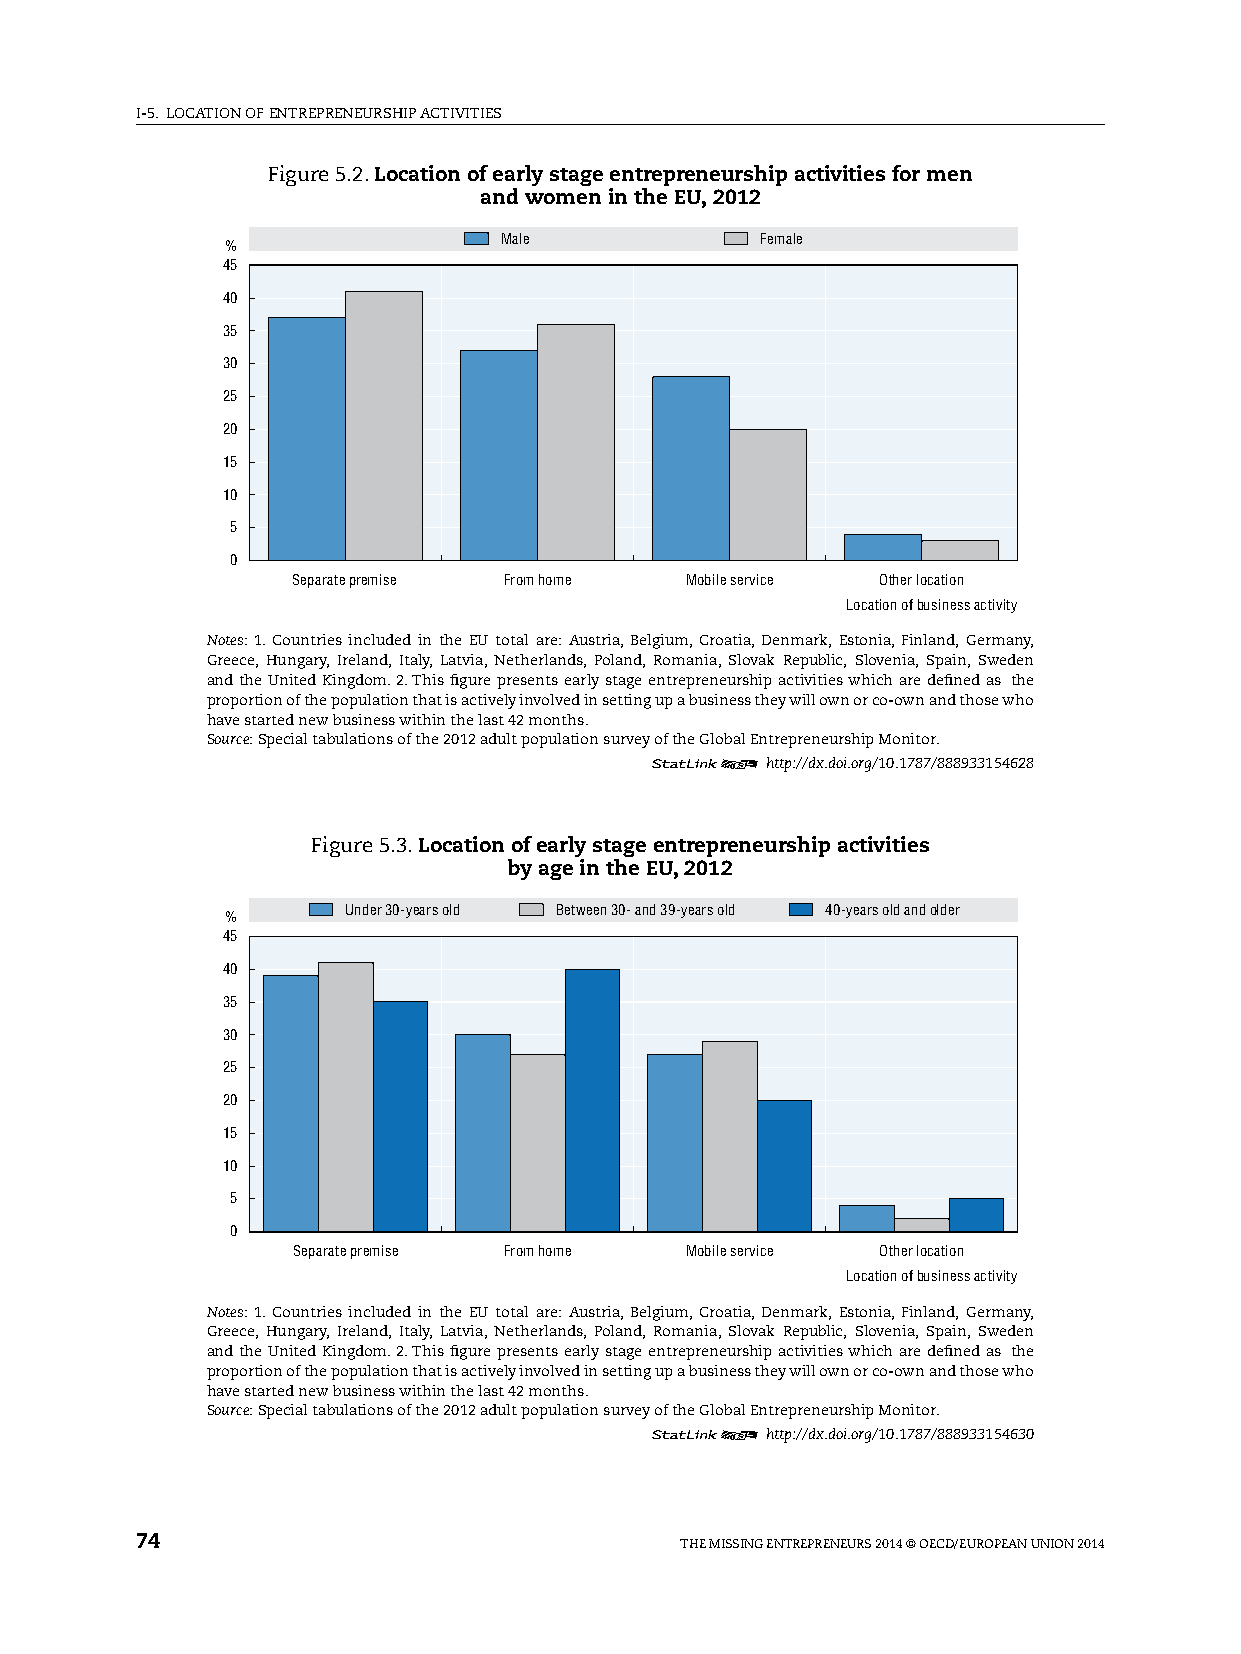
I-5. lOCATION OF ENTREpRENEURshIp ACTIvITIEs
 Figure 5.2. Location of early stage entrepreneurship activities for men
 and women in the EU, 2012
 Male             Female
 %
 45
 40
 35
 30
 25
 20
 15
 10
 5
 0
 Separate premise From home Mobile service Other location
 Location of business activity
 Notes: 1. Countries included in the EU total are: Austria, Belgium, Croatia, Denmark, Estonia, Finland, Germany,
 Greece, hungary, Ireland, Italy, latvia, Netherlands, poland, Romania, slovak Republic, slovenia, spain, sweden
 and the United Kingdom. 2. This figure presents early stage entrepreneurship activities which are defined as the
 proportion of the population that is actively involved in setting up a business they will own or co-own and those who
 have started new business within the last 42 months.
 Source: special tabulations of the 2012 adult population survey of the Global Entrepreneurship Monitor.
 12      http://dx.doi.org/10.1787/888933154628
 Figure 5.3. Location of early stage entrepreneurship activities
 by age in the EU, 2012
 Under 30-years old Between 30- and 39-years old 40-years old and older
 %
 45
 40
 35
 30
 25
 20
 15
 10
 5
 0
 Separate premise From home Mobile service Other location
 Location of business activity
 Notes: 1. Countries included in the EU total are: Austria, Belgium, Croatia, Denmark, Estonia, Finland, Germany,
 Greece, hungary, Ireland, Italy, latvia, Netherlands, poland, Romania, slovak Republic, slovenia, spain, sweden
 and the United Kingdom. 2. This figure presents early stage entrepreneurship activities which are defined as the
 proportion of the population that is actively involved in setting up a business they will own or co-own and those who
 have started new business within the last 42 months.
 Source: special tabulations of the 2012 adult population survey of the Global Entrepreneurship Monitor.
 12      http://dx.doi.org/10.1787/888933154630
 74                                  ThE MIssING ENTREpRENEURs 2014 © OECD/EUROpEAN UNION 2014